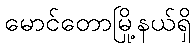
မောင်တောမြို့နယ်ရှိ